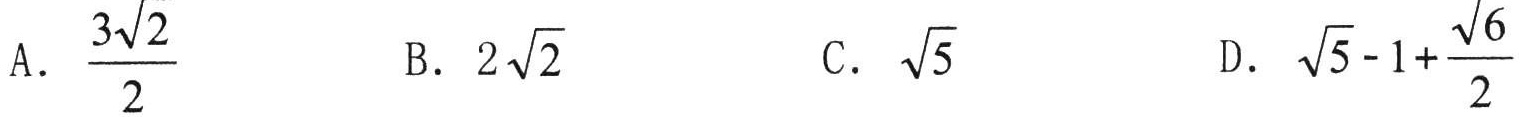
A. \(\dfrac{3\sqrt{2}}{2}\)  B. \(2\sqrt{2}\)  C. \(\sqrt{5}\)  D. \(\sqrt{5}-1 + \dfrac{\sqrt{6}}{2}\)